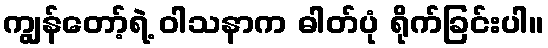
ကျွန်တော့်ရဲ့ ဝါသနာက ဓါတ်ပုံ ရိုက်ခြင်းပါ။